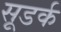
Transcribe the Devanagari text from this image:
सूडर्क